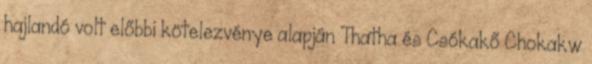
hajlandó volt előbbi kötelezvénye alapján Thatha és Csókakő Chokakw